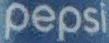
Pepsi